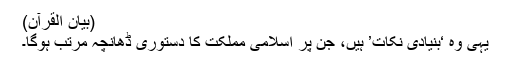
(بیان القرآن)
یہی وہ ‘بنیادی نکات’ ہیں، جن پر اسلامی مملکت کا دستوری ڈھانچہ مرتب ہوگا۔